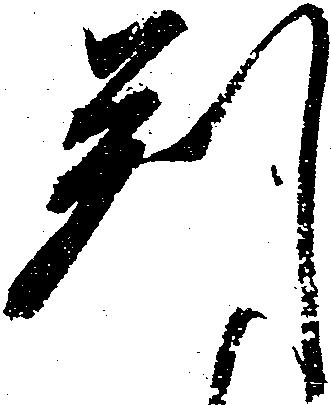
判